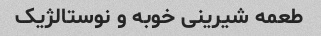
طعمه شیرینی خوبه و نوستالژیک